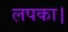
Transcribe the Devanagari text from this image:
लपका।